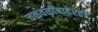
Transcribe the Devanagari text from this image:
चळवळींबाहेरही